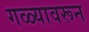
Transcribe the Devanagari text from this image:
गळ्यावरून